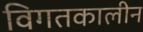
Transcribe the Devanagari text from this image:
विगतकालीन